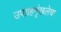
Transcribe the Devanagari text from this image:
उपग्रहशृंखलेचा